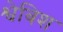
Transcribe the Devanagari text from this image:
श्वेबिश